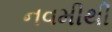
નવમીથી